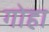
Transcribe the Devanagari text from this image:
गोहा